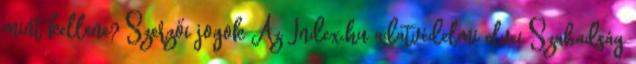
mint kellene? Szerzői jogok Az Index.hu adatvédelmi elvei Szabadság